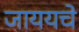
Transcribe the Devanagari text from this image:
जाययचे